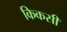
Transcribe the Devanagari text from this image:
किकसी